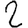
Digit: 2